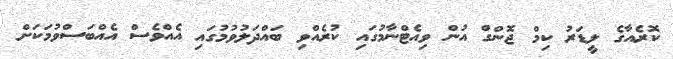
ކޮރެއާގެ ލީޑަރު ކިމް ޖޮންގް އުން ވިއެޓްނާމުގައި ކުރެއްވި ބައްދަލުވުމުގައި އެއްވެސް އެއްބަސްވުމަކަށް